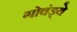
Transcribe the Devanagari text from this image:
गोवंड्ये